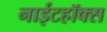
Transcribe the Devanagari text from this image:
नाईटहॉक्स